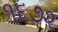
૧૬૭૨